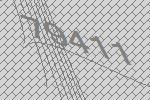
79411